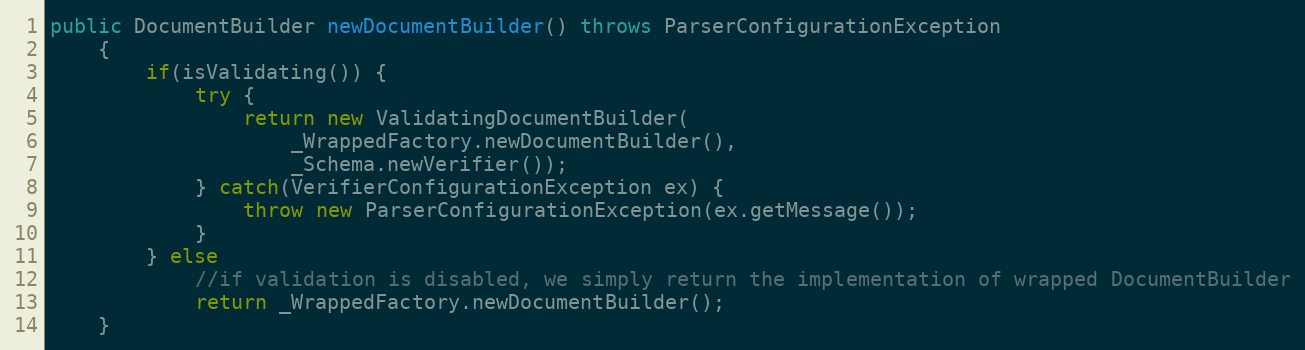
Language: Java
public DocumentBuilder newDocumentBuilder() throws ParserConfigurationException
    {
        if(isValidating()) {
            try {
                return new ValidatingDocumentBuilder(
                    _WrappedFactory.newDocumentBuilder(),
                    _Schema.newVerifier());
            } catch(VerifierConfigurationException ex) {
                throw new ParserConfigurationException(ex.getMessage());
            }
        } else
            //if validation is disabled, we simply return the implementation of wrapped DocumentBuilder
            return _WrappedFactory.newDocumentBuilder();
    }